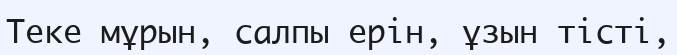
Теке мұрын, салпы ерін, ұзын тісті,